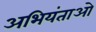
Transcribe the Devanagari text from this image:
अभियंताओ